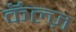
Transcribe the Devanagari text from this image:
कॅल्ज़